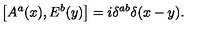
\left[ A ^ { a } ( x ) , E ^ { b } ( y ) \right] = i \delta ^ { a b } \delta ( x - y ) .